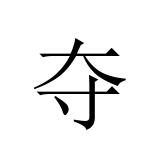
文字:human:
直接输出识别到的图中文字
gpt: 夺